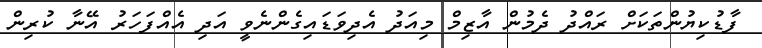
ފާޑުކިޔުންތަކަށް ރައްދު ދެމުން އާޒިމް މިއަދު އެދިވަޑައިގެންނެވީ އަދި އެއްފަހަރު އޭނާ ކުރިން